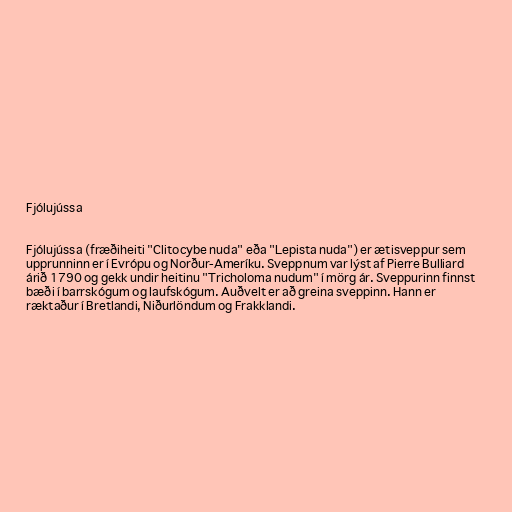
Fjólujússa

Fjólujússa (fræðiheiti "Clitocybe nuda" eða "Lepista nuda") er ætisveppur sem
upprunninn er í Evrópu og Norður-Ameríku. Sveppnum var lýst af Pierre Bulliard
árið 1790 og gekk undir heitinu "Tricholoma nudum" í mörg ár. Sveppurinn finnst
bæði í barrskógum og laufskógum. Auðvelt er að greina sveppinn. Hann er
ræktaður í Bretlandi, Niðurlöndum og Frakklandi.